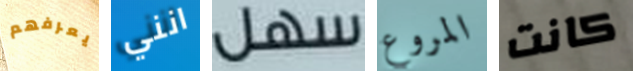
يعرفهم انني سهل المروع كانت